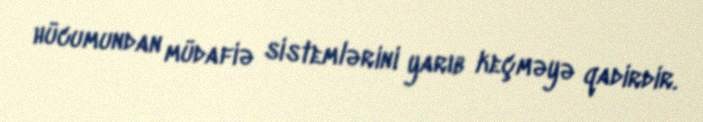
hücumundan müdafiə sistemlərini yarıb keçməyə qadirdir.